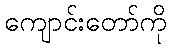
ကျောင်းတော်ကို